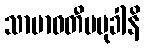
သာမာဝတီပမုခါနိ